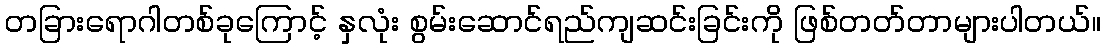
တခြားရောဂါတစ်ခုကြောင့် နှလုံး စွမ်းဆောင်ရည်ကျဆင်းခြင်းကို ဖြစ်တတ်တာများပါတယ်။